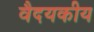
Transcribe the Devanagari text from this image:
वैदयकीय